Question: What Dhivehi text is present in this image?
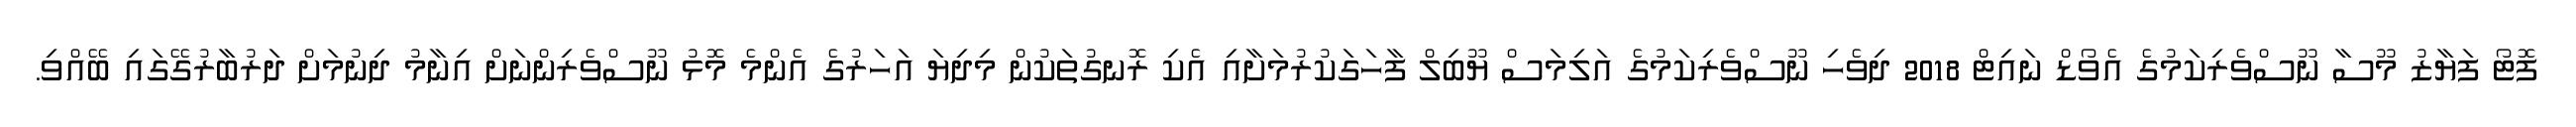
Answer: ފޮޓޯ ފަޔާޒު މޫސާ ނޫސްވެރިކަމުގެ އެވޯޑް ނައިޓް 2018 ދިވެހި ނޫސްވެރިކަމުގެ އަލިމަސް ޔޫބިލް ފާހަގަކުރުމަށާއި އެކި ރޮނގުތަކުން މިދިޔަ އަހަރުގެ އެންމެ މޮޅު ނޫސްވެރިންނަށް އިނާމު ދިނުމަށް ދަރުބާރުގޭގައި ބޭއްވި.